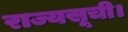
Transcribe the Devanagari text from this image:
राज्यसूची।